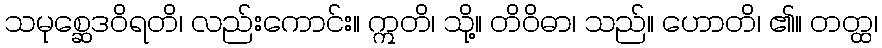
သမုစ္ဆေဒဝိရတိ၊ လည်းကောင်း။ ဣတိ၊ သို့။ တိဝိဓာ၊ သည်။ ဟောတိ၊ ၏။ တတ္ထ၊